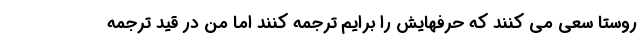
روستا سعی می کنند که حرفهایش را برایم ترجمه کنند اما من در قید ترجمه